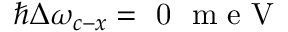
\hbar \Delta \omega _ { c - x } = \mathrm { ~ 0 ~ \mathrm { ~ m ~ e ~ V ~ } ~ }